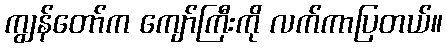
ကျွန်တော်က ကျော်ကြီးကို လက်ကာပြတယ်။